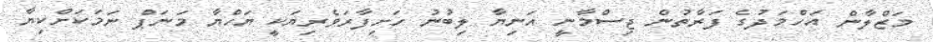
މަޒްލާން އަހްމަދުގެ ފަރާތުން ޖިސްމާނީ އަނިޔާ ލިބުނު ހަށިފާރަވެރިޔަކީ ޔަހްޔާ މަނަޕް ނަމަކަށްކިޔާ